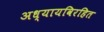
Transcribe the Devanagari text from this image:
अध्यायविरहित